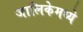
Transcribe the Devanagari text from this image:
जालिकेमध्ये